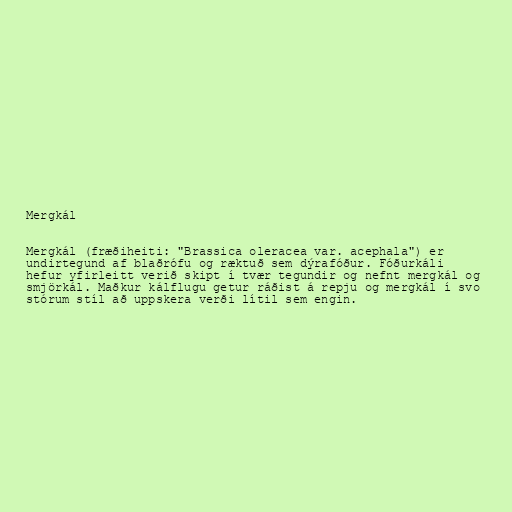
Mergkál

Mergkál (fræðiheiti: "Brassica oleracea var. acephala") er
undirtegund af blaðrófu og ræktuð sem dýrafóður. Fóðurkáli
hefur yfirleitt verið skipt í tvær tegundir og nefnt mergkál og
smjörkál. Maðkur kálflugu getur ráðist á repju og mergkál í svo
stórum stíl að uppskera verði lítil sem engin.